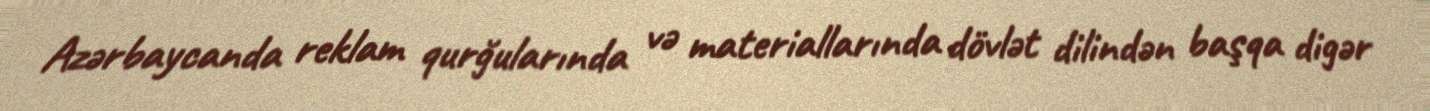
Azərbaycanda reklam qurğularında və materiallarında dövlət dilindən başqa digər